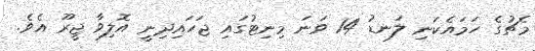
މެޗުގެ ހަމައެކަނި ލަނޑު 14 ވަނަ މިނިޓުގައި ޖަހައިދިނީ އޮލިވާ ޖީރޫ އެވެ.